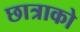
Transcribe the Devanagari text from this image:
छात्राको